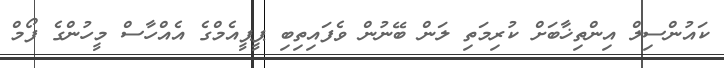
ކައުންސިލް އިންތިޚާބަށް ކުރިމަތި ލަން ބޭނުން ވެފައިތިބި ޕީޕީއެމްގެ އެއްހާސް މީހުންގެ ފޯމް